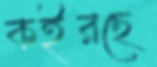
কইরছে